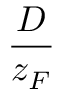
\frac { D } { z _ { F } }